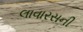
લાવારસની